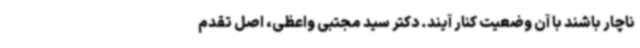
ناچار باشند با آن وضعیت کنار آیند. دکتر سید مجتبی واعظی، اصل تقدم